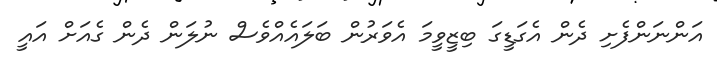
އަންނަންފެށި ދެން އެގަޑީގަ ބިޒީވީމަ އެވަރުން ބަލައެއްވެސް ނުލަން ދެން ގެއަށް އައީ